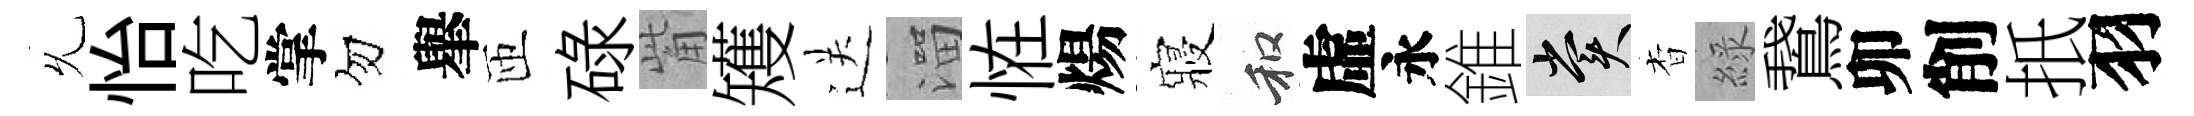
𠃔怡吃掌勿𦦙匝碌觜矱送溜恠煬寢和虛永錐賞杳綠鵞卯削扺羽